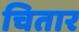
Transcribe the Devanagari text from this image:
चितार